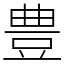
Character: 豊